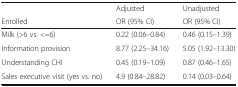
<table><thead><tr><td></td><td><b>Adjusted</b></td><td><b>Unadjusted</b></td></tr><tr><td><b>Enrolled</b></td><td><b>OR (95% CI)</b></td><td><b>OR (95% CI)</b></td></tr></thead><tbody><tr><td>Milk (&gt;6 vs. &lt;=6)</td><td>0.22 (0.06–0.84)</td><td>0.46 (0.15–1.39)</td></tr><tr><td>Information provision</td><td>8.77 (2.25–34.16)</td><td>5.05 (1.92–13.30)</td></tr><tr><td>Understanding CHI</td><td>0.45 (0.19–1.09)</td><td>0.87 (0.46–1.65)</td></tr><tr><td>Sales executive visit (yes vs. no)</td><td>4.9 (0.84–28.82)</td><td>0.14 (0.03–0.64)</td></tr></tbody></table>